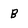
Character: B